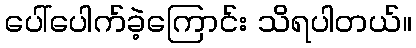
ပေါ်ပေါက်ခဲ့ကြောင်း သိရပါတယ်။